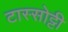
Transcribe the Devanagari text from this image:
टास्सोट्टी